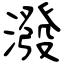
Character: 潑